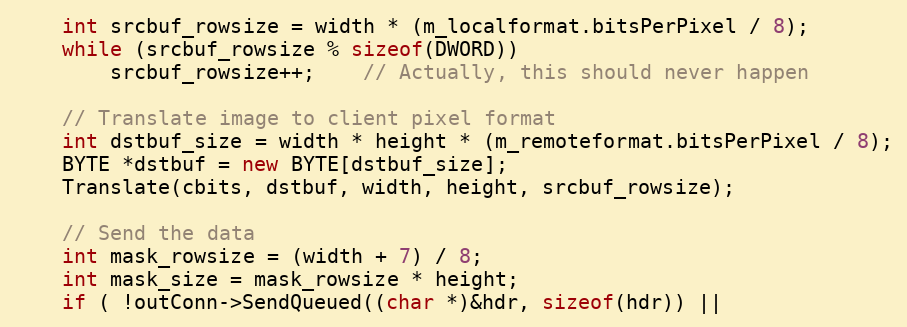
Language: C++
	int srcbuf_rowsize = width * (m_localformat.bitsPerPixel / 8);
	while (srcbuf_rowsize % sizeof(DWORD))
		srcbuf_rowsize++;	// Actually, this should never happen

	// Translate image to client pixel format
	int dstbuf_size = width * height * (m_remoteformat.bitsPerPixel / 8);
	BYTE *dstbuf = new BYTE[dstbuf_size];
	Translate(cbits, dstbuf, width, height, srcbuf_rowsize);

	// Send the data
	int mask_rowsize = (width + 7) / 8;
	int mask_size = mask_rowsize * height;
	if ( !outConn->SendQueued((char *)&hdr, sizeof(hdr)) ||